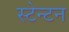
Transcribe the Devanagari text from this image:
स्टेन्टन